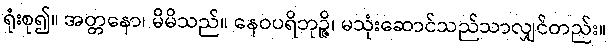
ရုံးစု၍။ အတ္တနော၊ မိမိသည်။ နေဝပရိဘုဉ္ဇိ၊ မသုံးဆောင်သည်သာလျှင်တည်း။